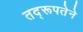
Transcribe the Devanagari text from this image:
तद्‌रूपतेने